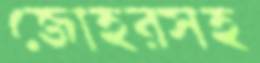
জোহরসহ